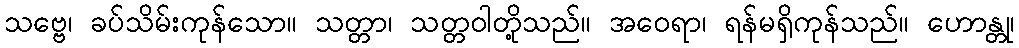
သဗ္ဗေ၊ ခပ်သိမ်းကုန်သော။ သတ္တာ၊ သတ္တဝါတို့သည်။ အဝေရာ၊ ရန်မရှိကုန်သည်။ ဟောန္တု၊